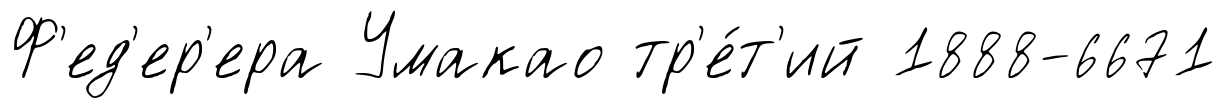
Ф'ед'ер'ера Умакао тр'е́т'ий 1888-6671